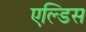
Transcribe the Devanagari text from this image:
एल्डिस